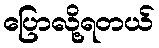
ပြောလို့ရတယ်